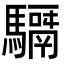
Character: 𩦣